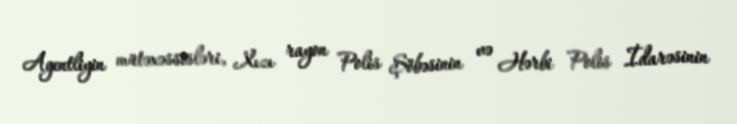
Agentliyin mütəxəssisləri, Xızı rayon Polis Şöbəsinin və Hərbi Polis İdarəsinin